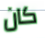
كان